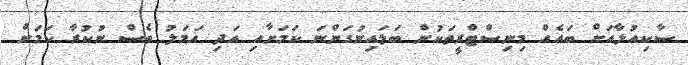
ސާކިއުލާއަށް ބައެއް މިނިސްޓްރީތަކުން ބަލައިނުގަންނަ ކަމަށާއި އަދި އަމަލު ވެސް ނުކުރާ ކަމަށް